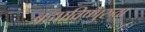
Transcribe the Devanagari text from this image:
ब्रह्माविष्णुरुद्रा